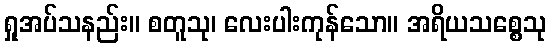
ရှုအပ်သနည်း။ စတူသု၊ လေးပါးကုန်သော။ အရိယသစ္စေသု